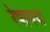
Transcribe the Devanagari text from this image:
रेषामय